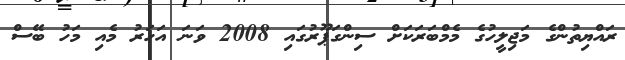
ރައްޔިތުންގެ މަޖިލީހުގެ މެމްބަރަކަށް ސިންގަޕޫރުގައި 2008 ވަނަ އަހަރު މެއި މަހު ބޭސް